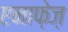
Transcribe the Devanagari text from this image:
एनाफे़ज़